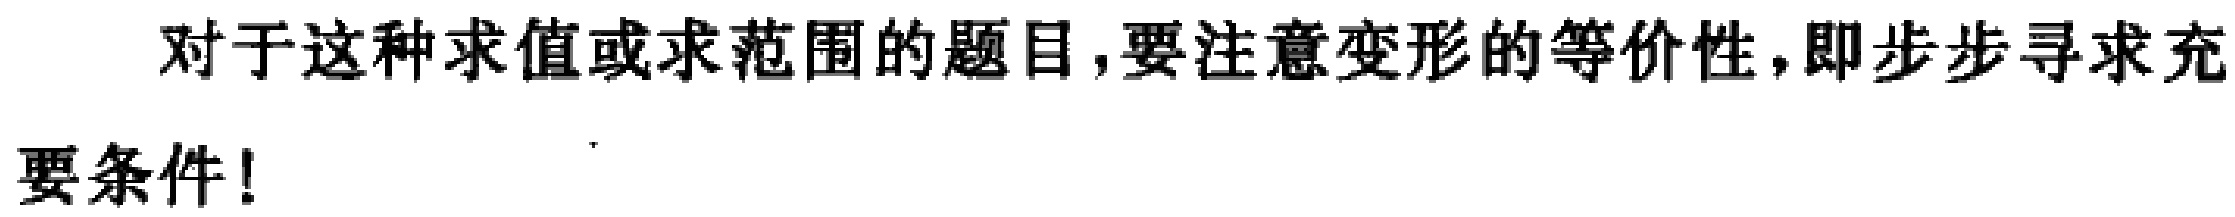
对于这种求值或求范围的题目,要注意变形的等价性,即步步寻求充要条件!